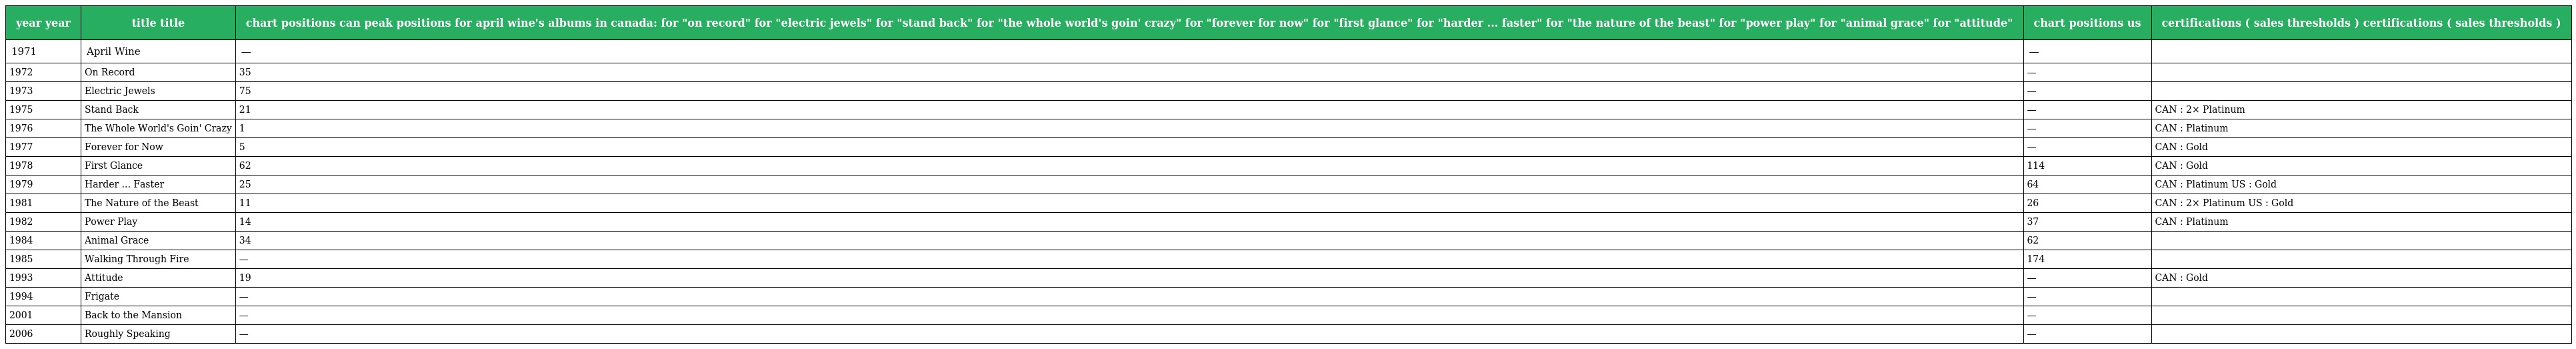
| year year | title title | chart positions can peak positions for april wine's albums in canada: for "on record" for "electric jewels" for "stand back" for "the whole world's goin' crazy" for "forever for now" for "first glance" for "harder ... faster" for "the nature of the beast" for "power play" for "animal grace" for "attitude" | chart positions us | certifications ( sales thresholds ) certifications ( sales thresholds ) |
 | --- | --- | --- | --- | --- |
 | 1971 | April Wine | — | — |  |
 | 1972 | On Record | 35 | — |  |
 | 1973 | Electric Jewels | 75 | — |  |
 | 1975 | Stand Back | 21 | — | CAN : 2× Platinum |
 | 1976 | The Whole World's Goin' Crazy | 1 | — | CAN : Platinum |
 | 1977 | Forever for Now | 5 | — | CAN : Gold |
 | 1978 | First Glance | 62 | 114 | CAN : Gold |
 | 1979 | Harder ... Faster | 25 | 64 | CAN : Platinum US : Gold |
 | 1981 | The Nature of the Beast | 11 | 26 | CAN : 2× Platinum US : Gold |
 | 1982 | Power Play | 14 | 37 | CAN : Platinum |
 | 1984 | Animal Grace | 34 | 62 |  |
 | 1985 | Walking Through Fire | — | 174 |  |
 | 1993 | Attitude | 19 | — | CAN : Gold |
 | 1994 | Frigate | — | — |  |
 | 2001 | Back to the Mansion | — | — |  |
 | 2006 | Roughly Speaking | — | — |  |